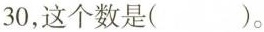
30，这个数是()。